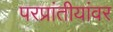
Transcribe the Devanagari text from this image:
परप्रांतीयांवर